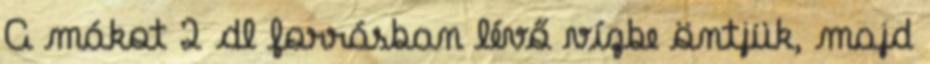
A mákot 2 dl forrásban lévő vízbe öntjük, majd